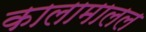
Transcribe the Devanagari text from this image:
कालामालल